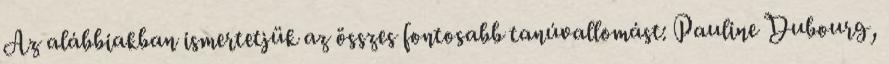
Az alábbiakban ismertetjük az összes fontosabb tanúvallomást: Pauline Dubourg,